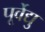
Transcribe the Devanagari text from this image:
पूर्वेद्यु